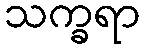
သက္ခရာ